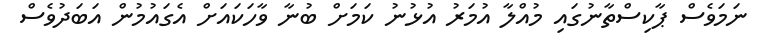
ނަމަވެސް ޕާކިސްތާނުގައި މުއްލާ އުމަރު އުޅުނު ކަމަށް ބުނާ ވާހަކައަށް އެގައުމުން އަބަދުވެސް